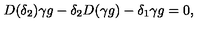
D ( \delta _ { 2 } ) \gamma g - \delta _ { 2 } D ( \gamma g ) - \delta _ { 1 } \gamma g = 0 ,